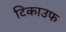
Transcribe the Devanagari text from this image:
टिकाउफ